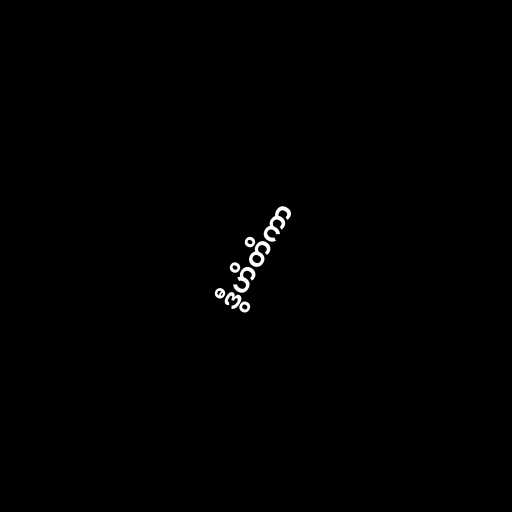
ဒွီဟိတိကာ